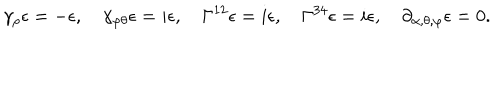
\gamma _ { \rho } \epsilon = - \epsilon , \quad \gamma _ { \varphi \theta } \epsilon = i \epsilon , \quad \Gamma ^ { 1 2 } \epsilon = i \epsilon , \quad \Gamma ^ { 3 4 } \epsilon = i \epsilon , \quad \partial _ { \alpha , \theta , \varphi } \epsilon = 0 .